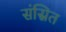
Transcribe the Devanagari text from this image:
संस्रित